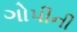
ગોપીની